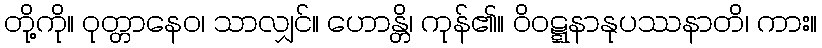
တို့ကို။ ဝုတ္တာနေဝ၊ သာလျှင်။ ဟောန္တိ၊ ကုန်၏။ ဝိဝဋ္ဋနာနုပဿနာတိ၊ ကား။